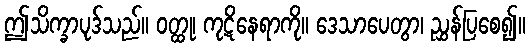
ဤသိက္ခာပုဒ်သည်။ ဝတ္ထု၊ ကုဋိနေရာကို။ ဒေသာပေတွာ၊ ညွှန်ပြစေ၍။